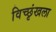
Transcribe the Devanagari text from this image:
विच्छृंखला